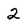
Character: 2